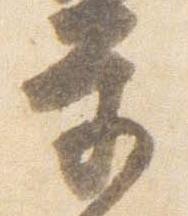
学